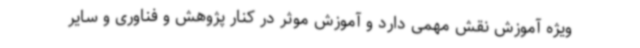
ویژه آموزش نقش مهمی دارد و آموزش موثر در کنار پژوهش و فناوری و سایر